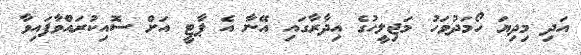
އަދި މިދިޔަ ހޯމަދުވަހު މަޖިލީހުގެ އިދާރާގައި އޭނާ އެ ޕާޓީ އަށް ސޮއިކުރައްވާފައިވާ